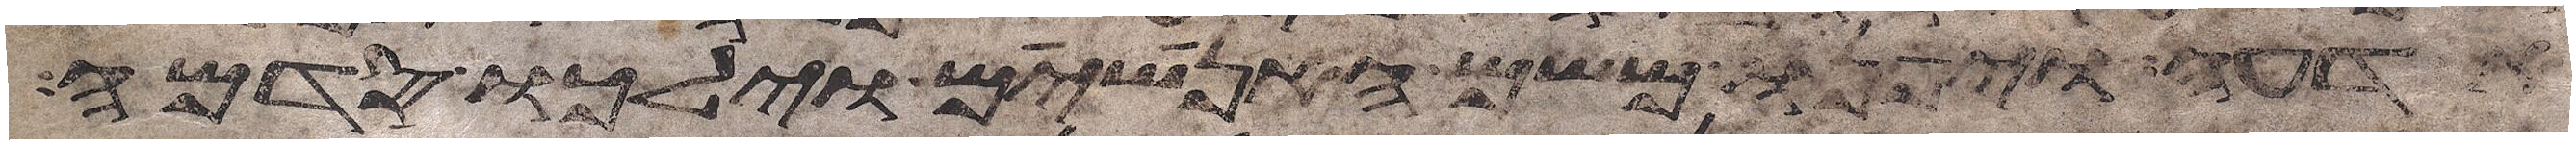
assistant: אדעה ויפנו משם האנושים וילכו סדמה